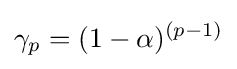
\gamma _{p}=(1-\alpha )^{(p-1)}